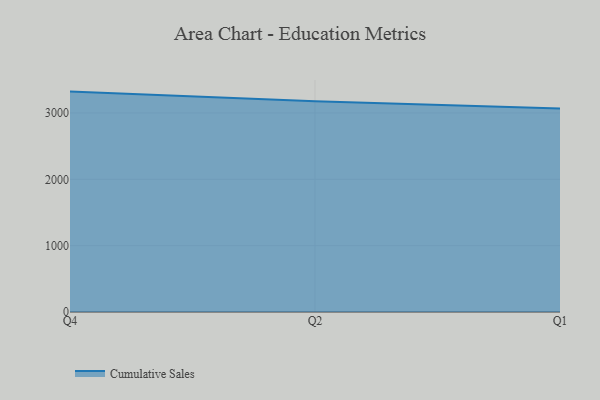
{"axis": {"x": "Quarter", "y": "Conversion Rate (%)"}, "legend": ["Cumulative Sales"], "data": [{"x": "Q4", "y": 3321.8, "type": "Cumulative Sales"}, {"x": "Q2", "y": 3176.0, "type": "Cumulative Sales"}, {"x": "Q1", "y": 3066.5, "type": "Cumulative Sales"}]}